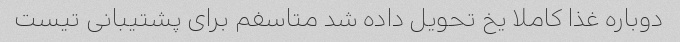
دوباره غذا کاملا یخ تحویل داده شد متاسفم برای پشتیبانی تیست